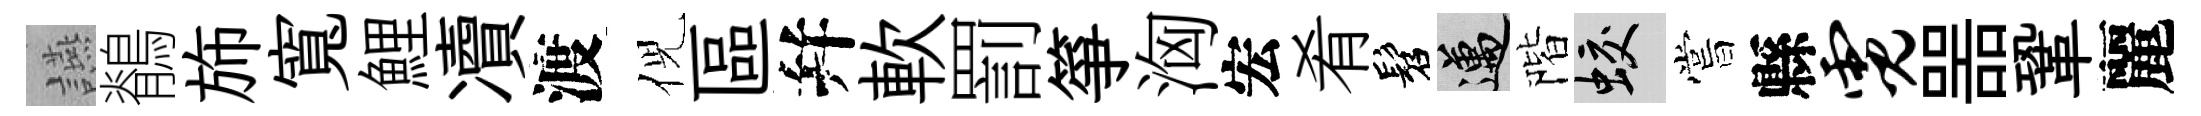
讌鶺斾寬鯉凟渡倪區幷軟罰箏洶宏肴髫邁階蛟嘗縣霓噐鞏麗